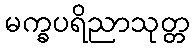
မက္ခပရိညာသုတ္တ